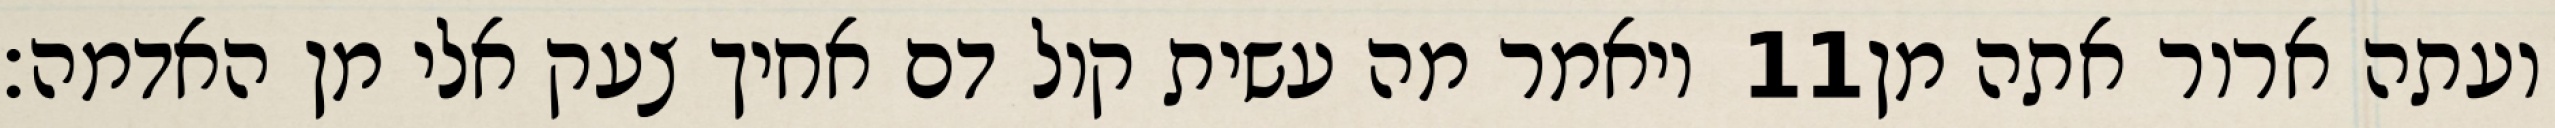
ויאמר מה עשית קול דם אחיך צעק אלי מן האדמה׃ ‎11‏ ועתה ארור אתה מן